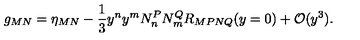
g _ { M N } = \eta _ { M N } - \frac { 1 } { 3 } y ^ { n } y ^ { m } N _ { n } ^ { P } N _ { m } ^ { Q } R _ { M P N Q } ( y = 0 ) + { \cal O } ( y ^ { 3 } ) .